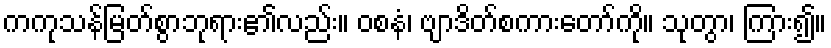
ကကုသန်မြတ်စွာဘုရား၏လည်း။ ဝစနံ၊ ဗျာဒိတ်စကားတော်ကို။ သုတွာ၊ ကြား၍။